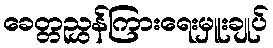
ခေတ္တညွှန်ကြားရေးမှူးချုပ်